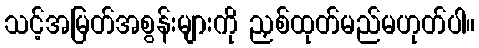
သင့်အမြတ်အစွန်းများကို ညှစ်ထုတ်မည်မဟုတ်ပါ။